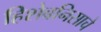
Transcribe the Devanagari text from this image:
हिशेबनिसाचे